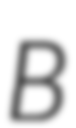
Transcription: B